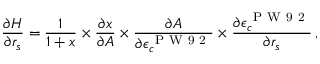
\frac { \partial H } { \partial r _ { s } } = \frac { 1 } { 1 + x } \times \frac { \partial x } { \partial A } \times \frac { \partial A } { \partial \epsilon _ { c } ^ { \mathrm { ~ P ~ W ~ 9 ~ 2 ~ } } } \times \frac { \partial \epsilon _ { c } ^ { \mathrm { ~ P ~ W ~ 9 ~ 2 ~ } } } { \partial r _ { s } } \, ,